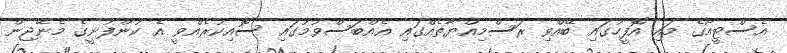
އެސްޓީއޯގެ މައި އޮފީހުގައި ބޭއްވި ރަސްމިއްޔާތެއްގައި އެއްބަސްވުމުގައި ސޮއިކުރެއްވީ އެ ކުންފުނީގެ މެނޭޖިން